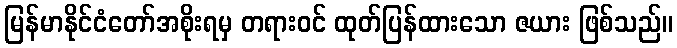
မြန်မာနိုင်ငံတော်အစိုးရမှ တရားဝင် ထုတ်ပြန်ထားသော ဇယား ဖြစ်သည်။